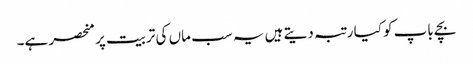
بچے باپ کو کیا رتبہ دیتے ہیں یہ سب ماں کی تربیت پر منحصر ہے۔